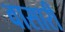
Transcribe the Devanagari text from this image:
वासारी